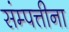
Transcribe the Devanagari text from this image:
संम्पत्तीना